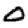
Digit: 0